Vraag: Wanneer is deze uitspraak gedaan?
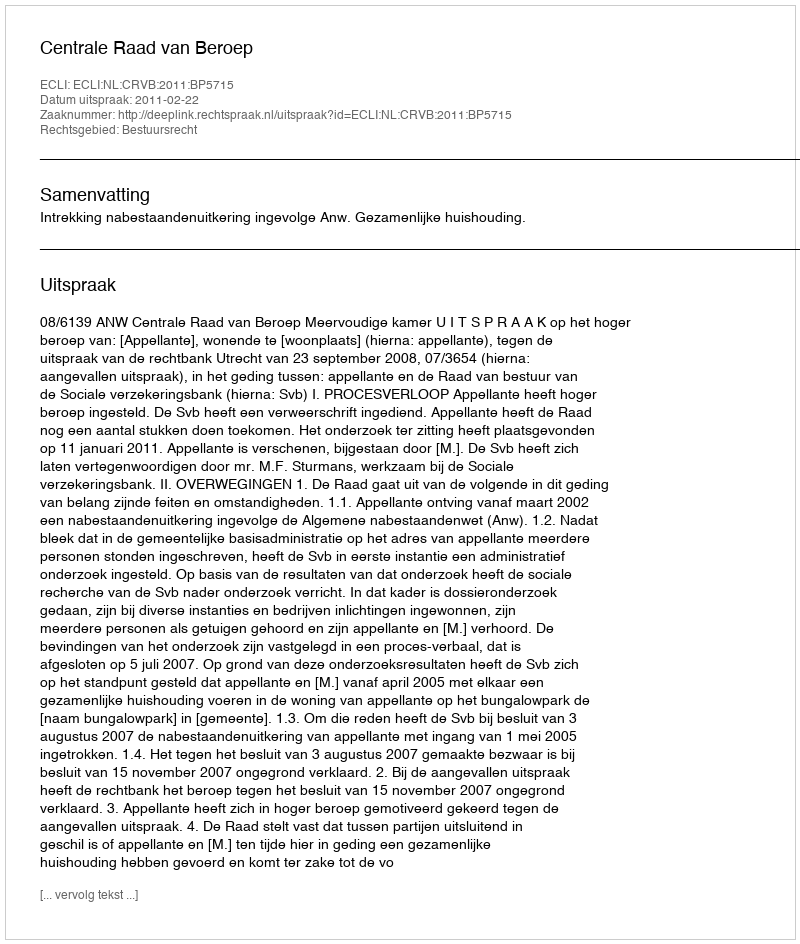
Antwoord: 2011-02-22